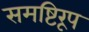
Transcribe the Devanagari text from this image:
समष्टिरूप